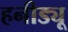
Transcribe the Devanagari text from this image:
हनीड्यू